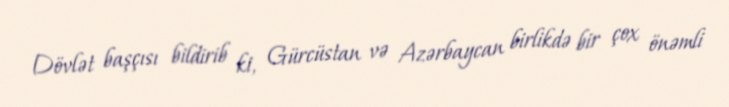
Dövlət başçısı bildirib ki, Gürcüstan və Azərbaycan birlikdə bir çox önəmli